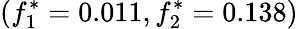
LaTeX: (f_{1}^{*}=0.011,f_{2}^{*}=0.138)